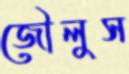
জৌলুস